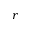
r